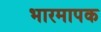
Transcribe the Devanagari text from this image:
भारमापक